Tartu_linnavalitsus, lk 18
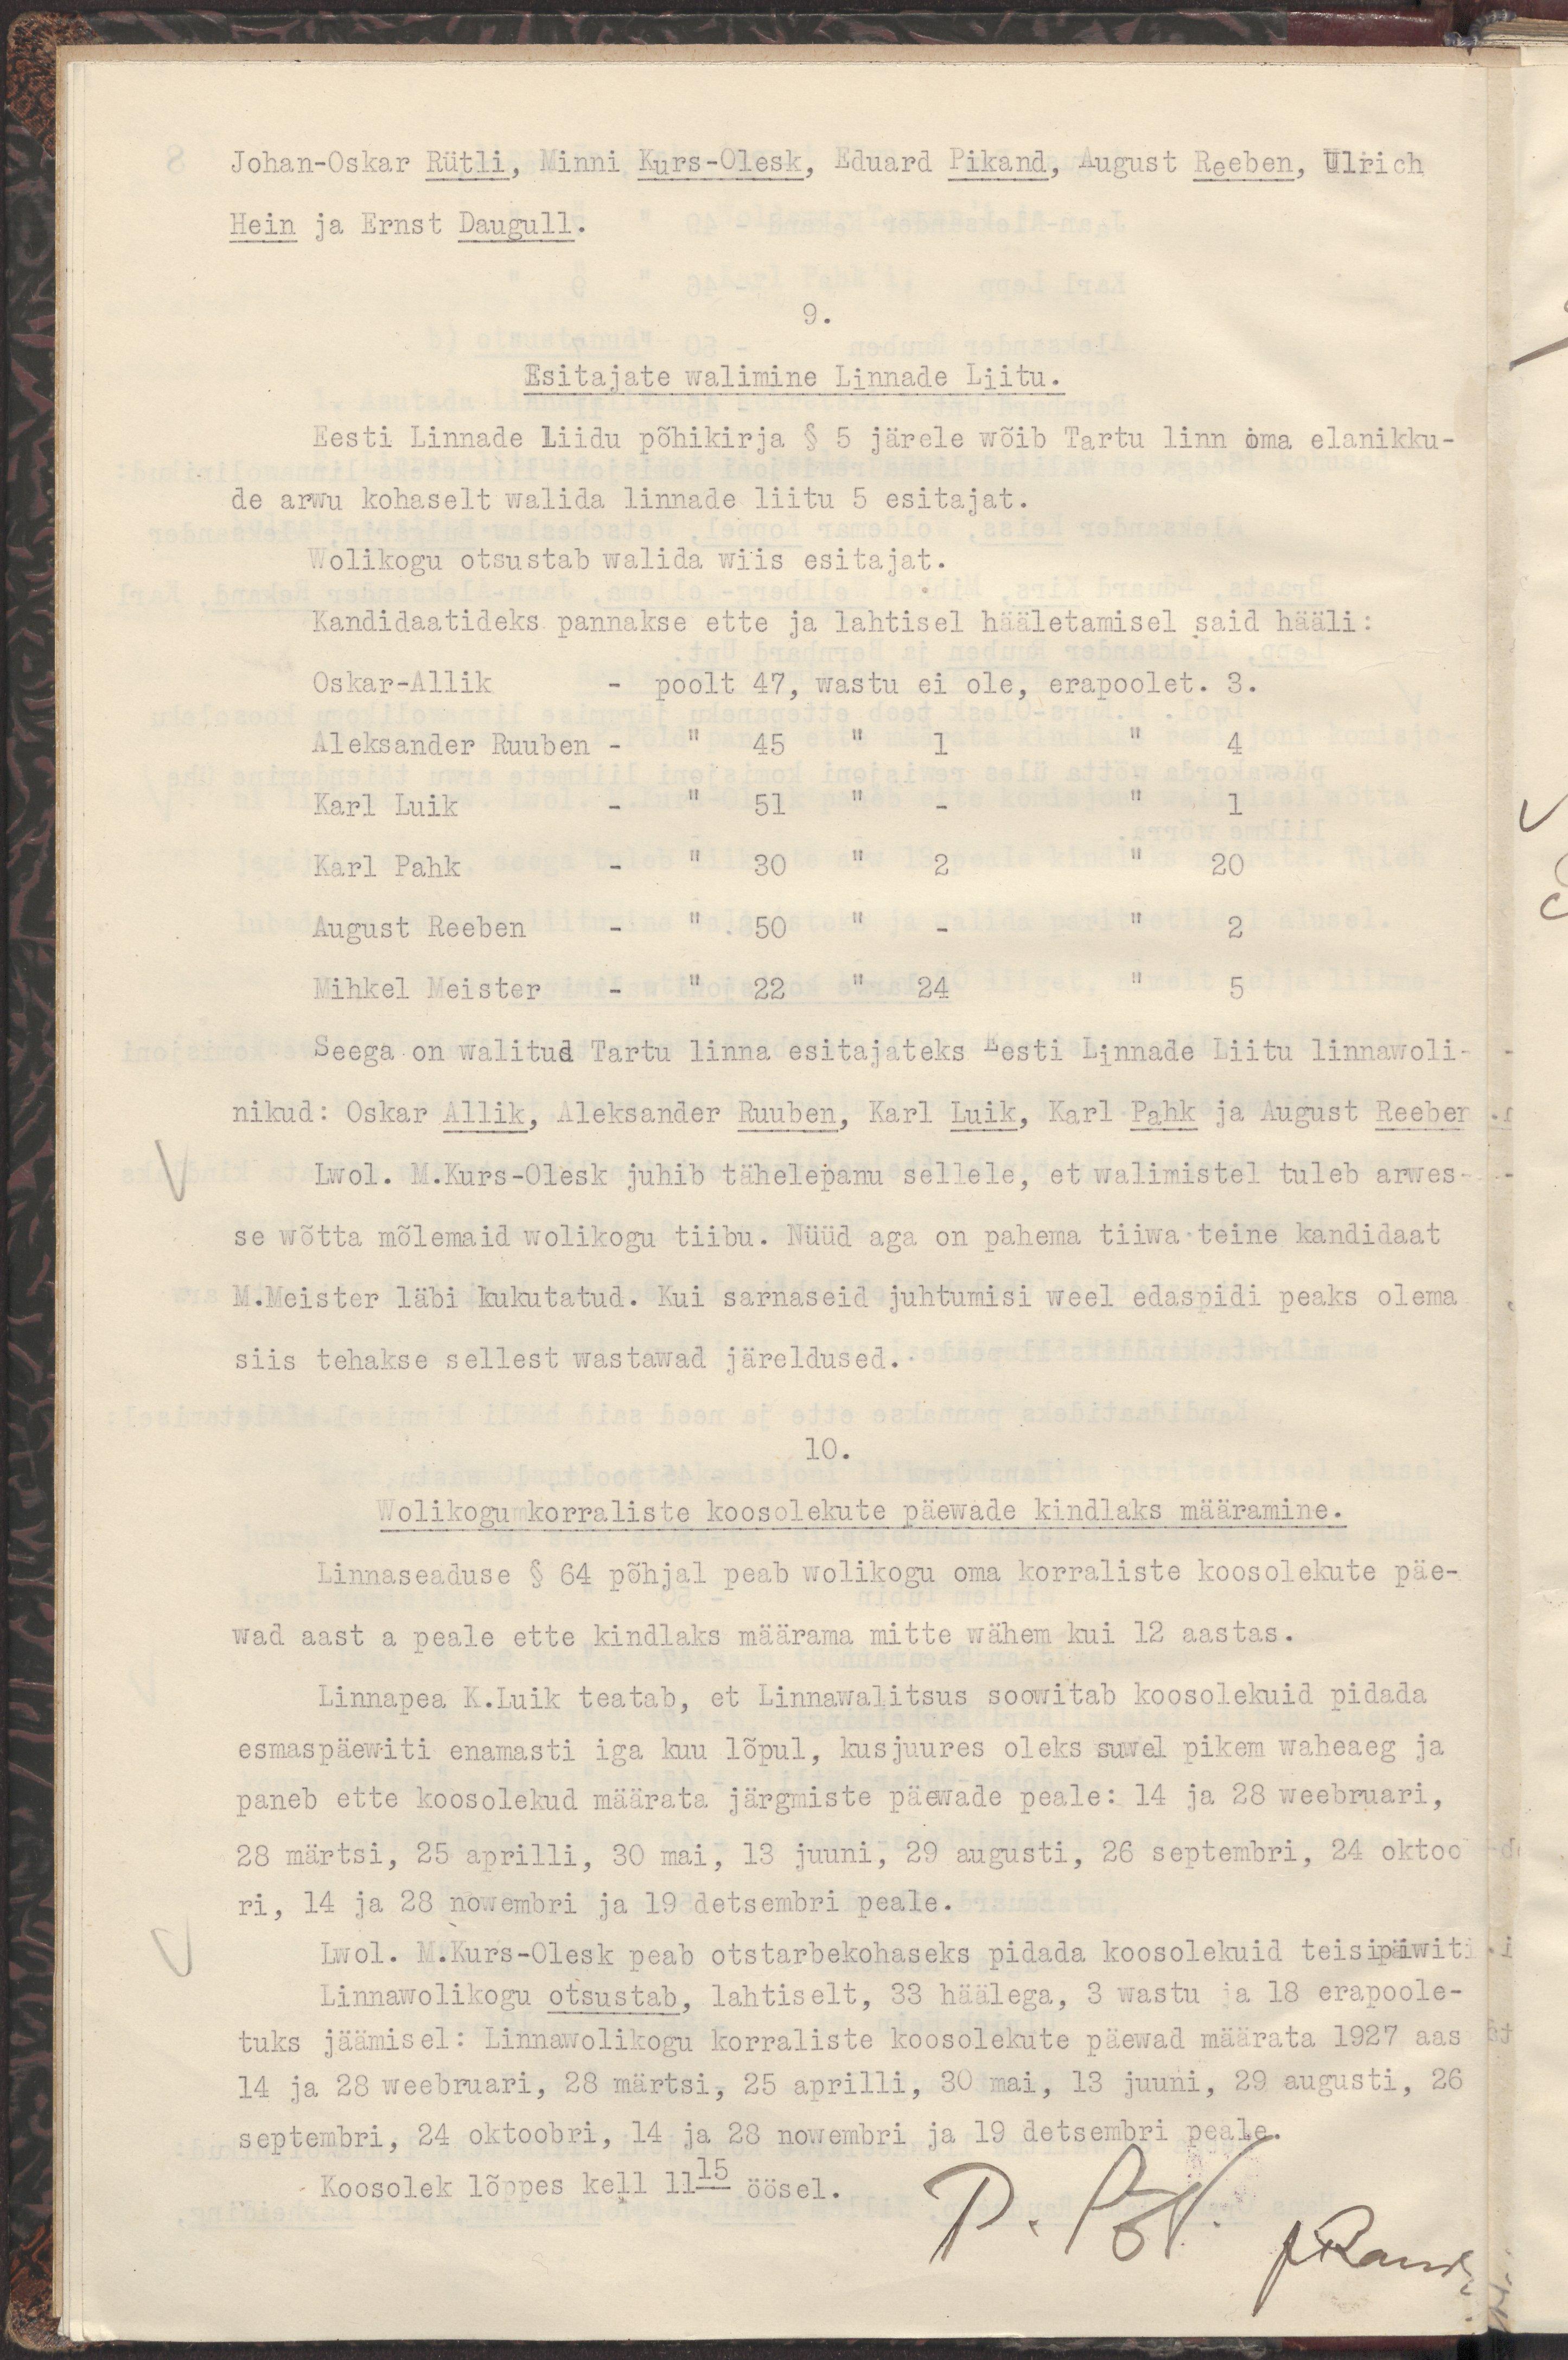
Johan-Oskar Rütli, Minni Kurs-Olesk, Eduard Pikand, August Reeben, Ulrich
Hein ja Ernst Daugull.
9.
Esitajate walimine Linnade Liitu.
Eesti Linnade Liidu põhikirja § 5 järele wõib Tartu linn oma elanikku-
de arwu kohaselt walida linnade liitu 5 esitajat.
Wolikogu otsustab walida wiis esitajat.
Kandidaatideks pannakse ette ja lahtisel hääletamisel said hääli:
Oskar-Allik - poolt 47, wastu ei ole, erapoolet. 3.
Aleksander Ruuben - " 45 " 1 " 4
Karl Luik - " 51 " - " 1
Karl Pahk - " 30 " 2 " 20
August Reeben - " 50 " - " 2
Mihkel Meister - " 22 " 24 " 5
Seega on walitud Tartu linna esitajateks Eesti Linnade Liitu linnawoli-
nikud: Oskar Allik, Aleksander Ruuben, Karl Luik, Karl Pahk ja August Reeben
Lwol. M.Kurs-Olesk juhib tähelepanu sellele, et walimistel tuleb arwes-
se wõtta mõlemaid wolikogu tiibu. Nüüd aga on pahema tiiwa teine kandidaat
M. Meister läbi kukutatud. Kui sarnaseid juhtumisi weel edaspidi peaks olema
siis tehakse sellest wastawad järeldused.
10.
Wolikogu korraliste koosolekute päewade kindlaks määramine.
Linnaseaduse § 64 põhjal peab wolikogu oma korraliste koosolekute päe-
wad aast a peale ette kindlaks määrama mitte wähem kui 12 aastas.
Linnapea K.Luik teatab, et Linnawalitsus soowitab koosolekuid pidada
esmaspäewiti enamasti iga kuu lõpul, kusjuures oleks suwel pikem waheaeg ja
paneb ette koosolekud määrata järgmiste päewade peale: 14 ja 28 weebruari,
28 märtsi, 25 aprilli, 30 mai, 18 juuni, 29 augusti, 26 septembri, 24 oktoo
ri, 24 ja 28 nowembri ja 19 detsembri peale.
Lwol. M.Kurs-Olesk peab otstarbekohaseks pidada koosolekuid teisipäewiti.
Linnawolikogu otsustab, lahtiselt, 33 häälega, 3 wastu ja 18 erapoole-
tuks jäämisel: Linnawolikogu korraliste koosolekute päewad määrata 1927 aas
14 ja 28 weebruari, 28 märtsi, 25 aprilli, 30 mai, 13 juuni, 29 augusti, 26
septembri, 24 oktoobri, 14 ja 28 nowembri ja 19 detsembri peale.
Koosolek lõppes kell 1115 öösel.